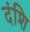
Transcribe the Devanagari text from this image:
दंशि